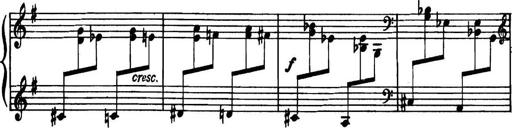
Title: Piano Sonatina in G minor
Composer: John Blackwood McEwen
Key: G minor